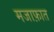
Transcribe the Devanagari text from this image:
मजाफ़ात